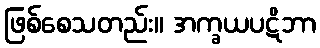
ဖြစ်စေသတည်း။ အက္ခယပဋိဘာ